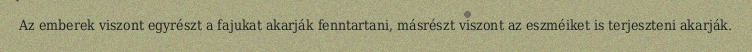
Az emberek viszont egyrészt a fajukat akarják fenntartani, másrészt viszont az eszméiket is terjeszteni akarják.